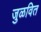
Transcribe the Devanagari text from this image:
जुळवित